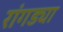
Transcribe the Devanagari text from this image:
रांगड्या